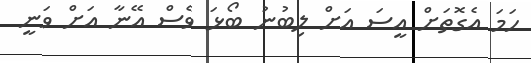
ހަމަ އެގޮތަށް އީސަ އަށް ލިބުނު ބޯޅަ ވެސް އޭނާ އަށް ވަނީ